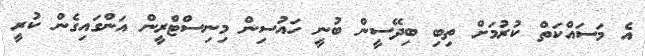
އެ މަސައްކަތް ކުރުމަށް ތިބި ބިދޭސީން ބުނީ ހައުސިން މިނިސްޓްރީން އަންގައިގެން ކުރީ